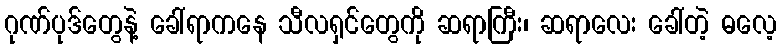
ဂုဏ်ပုဒ်တွေနဲ့ ခေါ်ရာကနေ သီလရှင်တွေကို ဆရာကြီး၊ ဆရာလေး ခေါ်တဲ့ ဓလေ့